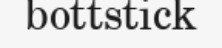
bottstick